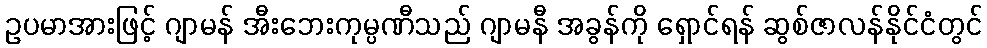
ဥပမာအားဖြင့် ဂျာမန် အီးဘေးကုမ္ပဏီသည် ဂျာမနီ အခွန်ကို ရှောင်ရန် ဆွစ်ဇာလန်နိုင်ငံတွင်